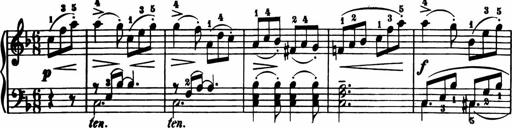
Title: 11 Sonatinas for Piano Solo
Composer: Anton Diabelli